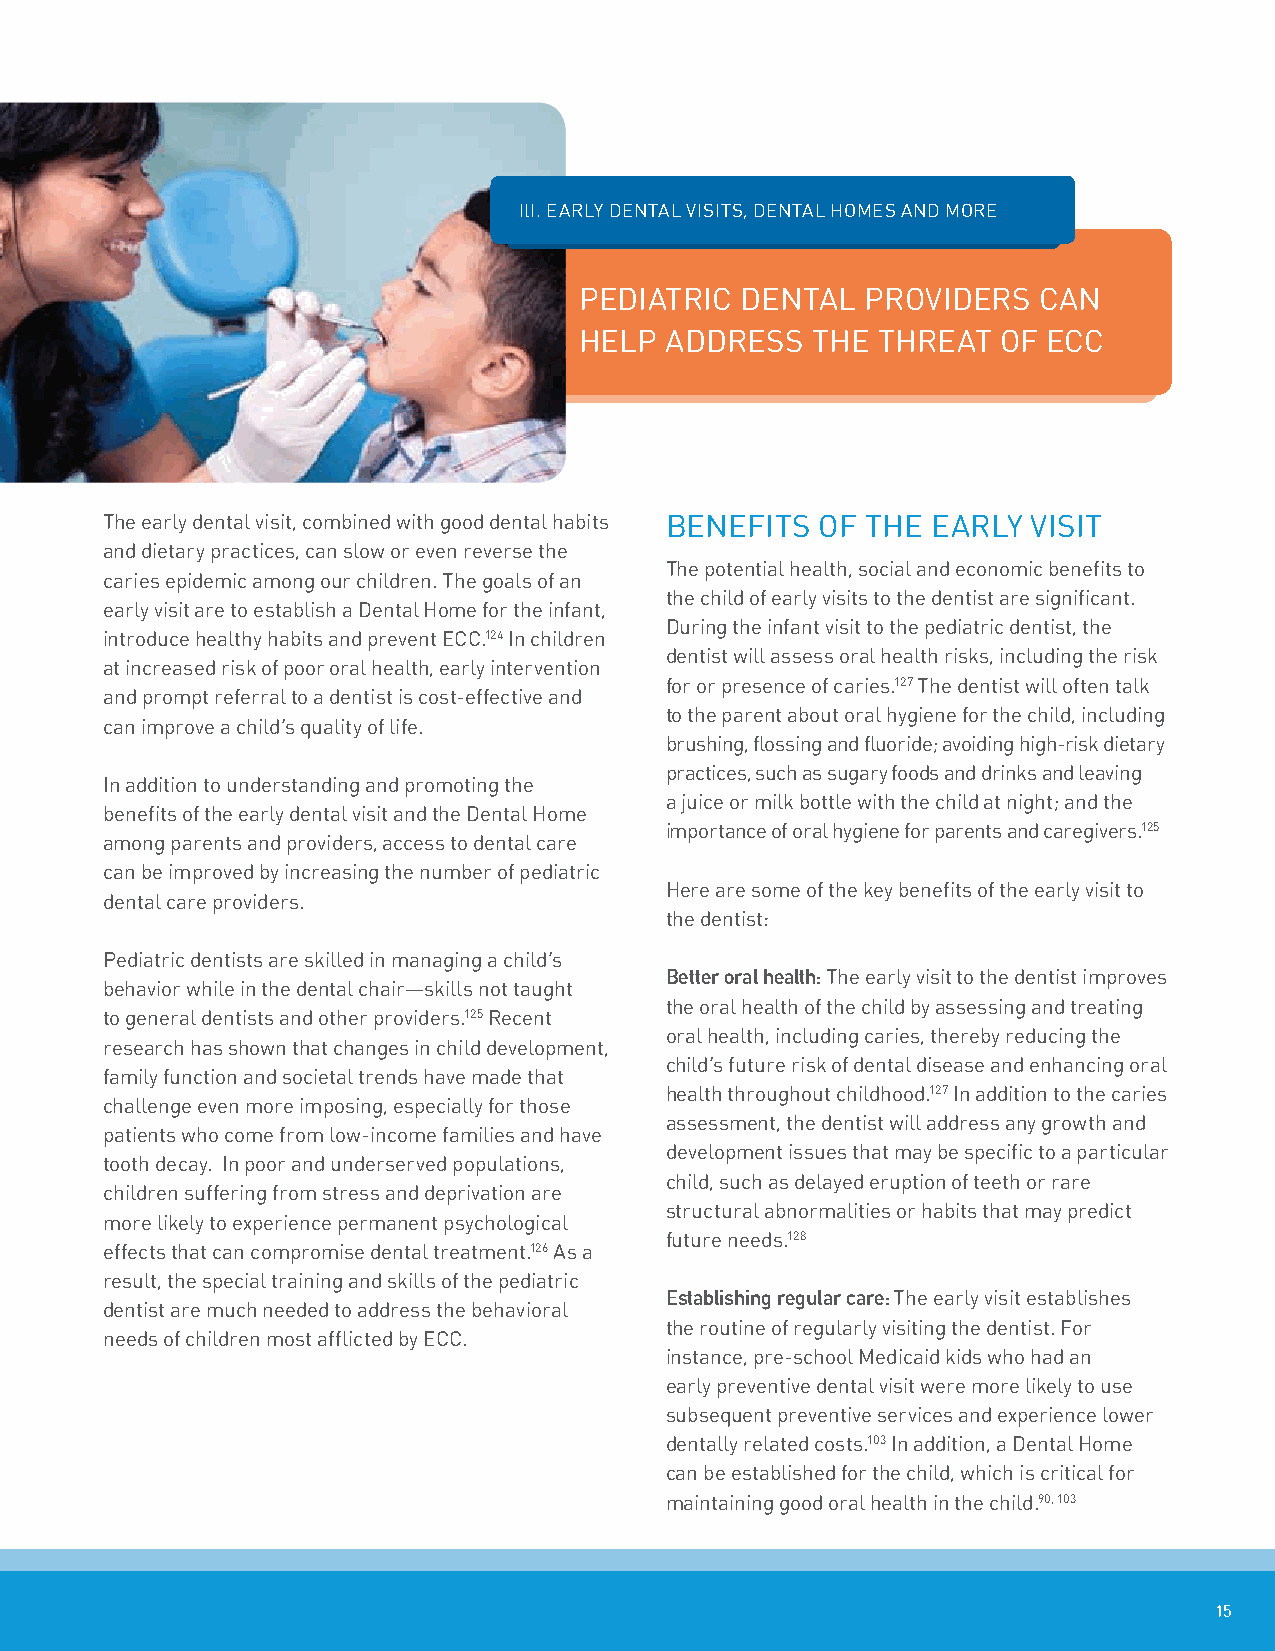
ili. eaRLy DenTaL viSiTS, DenTaL hoMeS anD MoRe
 PeDiaTRiC  DenTaL  PRoviDeRS   Can
 heLP  aDDReSS   The ThReaT  of eCC
 The early dental visit, combined with good dental habits BenefiTS of The eaRLy viSiT
 and dietary practices, can slow or even reverse the
 The potential health, social and economic benefits to
 caries epidemic among our children. The goals of an
 the child of early visits to the dentist are significant.
 early visit are to establish a Dental home for the infant,
 During the infant visit to the pediatric dentist, the
 introduce healthy habits and prevent eCC.124 in children
 dentist will assess oral health risks, including the risk
 at increased risk of poor oral health, early intervention
 for or presence of caries.127 The dentist will often talk
 and prompt referral to a dentist is cost-effective and
 to the parent about oral hygiene for the child, including
 can improve a child’s quality of life.
 brushing, flossing and fluoride; avoiding high-risk dietary
 practices, such as sugary foods and drinks and leaving
 in addition to understanding and promoting the
 a juice or milk bottle with the child at night; and the
 benefits of the early dental visit and the Dental home
 importance of oral hygiene for parents and caregivers.125
 among parents and providers, access to dental care
 can be improved by increasing the number of pediatric
 here are some of the key benefits of the early visit to
 dental care providers.
 the dentist:
 Pediatric dentists are skilled in managing a child’s
 Better oral health: The early visit to the dentist improves
 behavior while in the dental chair—skills not taught
 the oral health of the child by assessing and treating
 to general dentists and other providers.125 Recent
 oral health, including caries, thereby reducing the
 research has shown that changes in child development,
 child’s future risk of dental disease and enhancing oral
 family function and societal trends have made that
 health throughout childhood.127 in addition to the caries
 challenge even more imposing, especially for those
 assessment, the dentist will address any growth and
 patients who come from low-income families and have
 development issues that may be specific to a particular
 tooth decay. in poor and underserved populations,
 child, such as delayed eruption of teeth or rare
 children suffering from stress and deprivation are
 structural abnormalities or habits that may predict
 more likely to experience permanent psychological
 future needs.128
 effects that can compromise dental treatment.126 as a
 result, the special training and skills of the pediatric
 establishing regular care: The early visit establishes
 dentist are much needed to address the behavioral
 the routine of regularly visiting the dentist. for
 needs of children most afflicted by eCC.
 instance, pre-school Medicaid kids who had an
 early preventive dental visit were more likely to use
 subsequent preventive services and experience lower
 dentally related costs.103 in addition, a Dental home
 can be established for the child, which is critical for
 maintaining good oral health in the child.90, 103
 15